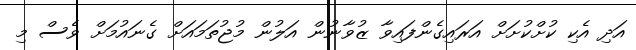
އަދި އެކި ކުށްކުށަށް އަރައިގެންފައިވާ ޒުވާނުން އަލުން މުޖުތަމައަށް ގެނައުމަށް ވެސް މި